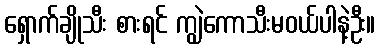
ရှောက်ချိုသီး စားရင် ကျွဲကောသီးမဝယ်ပါနဲ့ဦး။